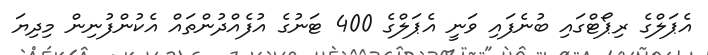
އެޕަލްގެ ރިޕޯޓްގައި ބުނެފައި ވަނީ އެޕަލްގެ 400 ޓަނުގެ އުފެއްދުންތައް އެކުންފުނިން މިދިޔަ